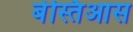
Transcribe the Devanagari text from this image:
बेस्तिआस